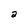
Character: a